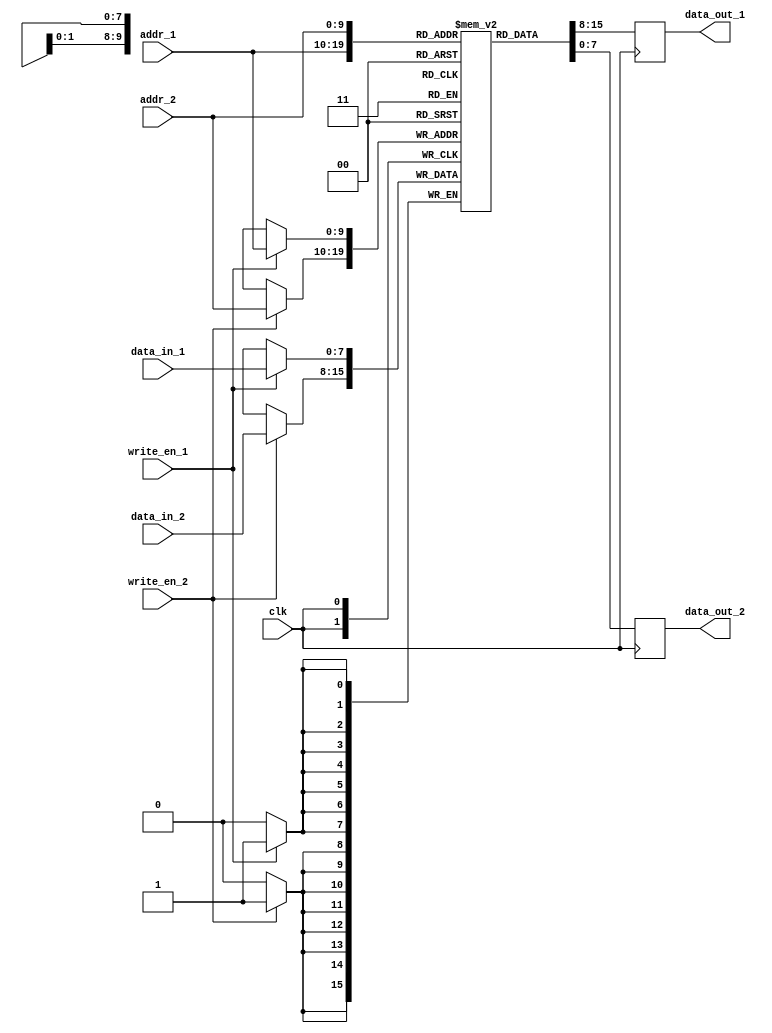
module dual_port_ram #
    (
        parameter DATA_WIDTH = 8, // Specify data width
        parameter ADDRESS_WIDTH = 10 // Specify address width
    )
    (
        input wire clk, // Clock signal
        input wire write_en_1, // Write enable for port 1
        input wire write_en_2, // Write enable for port 2
        input wire [ADDRESS_WIDTH-1:0] addr_1, // Address for port 1
        input wire [ADDRESS_WIDTH-1:0] addr_2, // Address for port 2
        input wire [DATA_WIDTH-1:0] data_in_1, // Data input for port 1
        input wire [DATA_WIDTH-1:0] data_in_2, // Data input for port 2
        output reg [DATA_WIDTH-1:0] data_out_1, // Data output for port 1
        output reg [DATA_WIDTH-1:0] data_out_2 // Data output for port 2
    );

    reg [DATA_WIDTH-1:0] mem [0:2**ADDRESS_WIDTH-1]; // Declare memory array

    always @ (posedge clk) begin
        if (write_en_1) begin
            mem[addr_1] <= data_in_1;
        end
        if (write_en_2) begin
            mem[addr_2] <= data_in_2;
        end
        data_out_1 <= mem[addr_1];
        data_out_2 <= mem[addr_2];
    end

endmodule